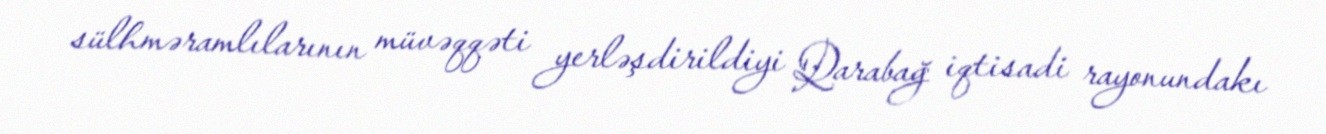
sülhməramlılarının müvəqqəti yerləşdirildiyi Qarabağ iqtisadi rayonundakı